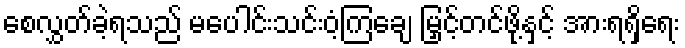
စေလွှတ်ခဲ့ရသည် မပေါင်းသင်းဝံ့ကြချေ မြှင့်တင်ဖို့နှင့် အားရရှိရေး